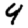
Digit: 9